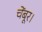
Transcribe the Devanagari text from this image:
चेंबूर।